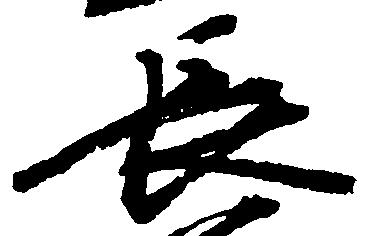
長